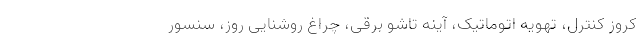
کروز کنترل، تهویه اتوماتیک، آینه تاشو برقی، چراغ روشنایی روز، سنسور